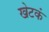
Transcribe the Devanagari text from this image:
खेटकं